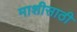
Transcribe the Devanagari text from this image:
माशीसाठी